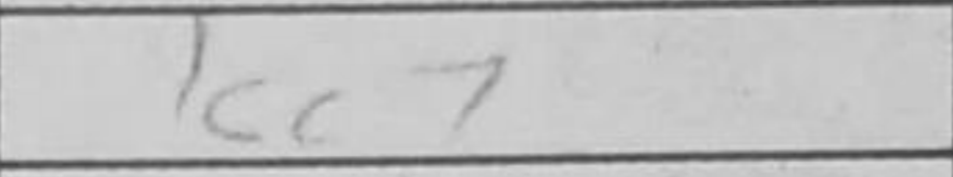
Transcription: Kc7